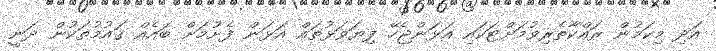
އަދި މިކަމުން ރައްކާތެރިވުމަށްޓަކައި އަޅަންޖެހޭ ފިޔަވަޅުތައް އަޅަން ފެށުމަށް ބައެއް ޤައުމުތަކުން ދަނީ